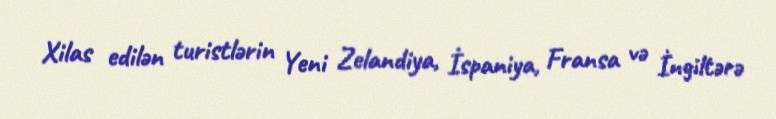
Xilas edilən turistlərin Yeni Zelandiya, İspaniya, Fransa və İngiltərə